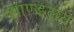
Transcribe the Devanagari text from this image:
शाण्डलय्